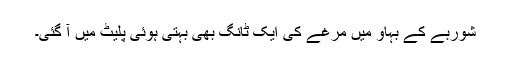
شوربے کے بہاؤ میں مرغے کی ایک ٹانگ بھی بہتی ہوئی پلیٹ میں آ گئی۔